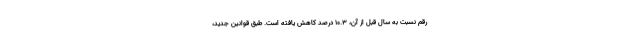
رقم نسبت به سال قبل از آن، ۱۰.۳ درصد کاهش یافته است. طبق قوانین جدید،